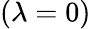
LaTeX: (\lambda=0)